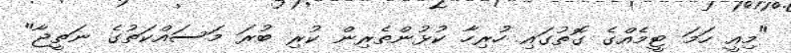
"މިއީ ހަމަ ޓީމެއްގެ ގޮތުގައި ހުރިހާ ކުޅުންތެރިން ކުރި ބުރަ މަސައްކަތުގެ ނަތީޖާ"